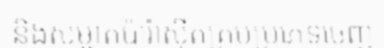
និងសម្អាតប៉ារ៉ាស៊ីតគ្រប់ប្រភេទចេញ